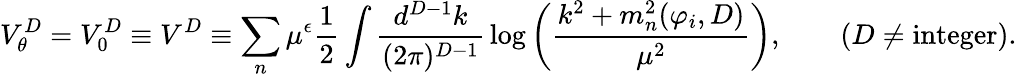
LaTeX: V_{\theta}^{D}=V_{0}^{D}\equiv V^{D}\equiv\sum_{n}\mu^{\epsilon}{\frac{1}{2}}\int{\frac{d^{D-1}k}{(2\pi)^{D-1}}}\log\left({\frac{k^{2}+m_{n}^{2}(\varphi_{i},D)}{\mu^{2}}}\right),\quad\quad(D\neq\mathrm{integer}).